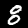
Label: 8